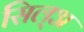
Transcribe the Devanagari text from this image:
सिल्‌अ